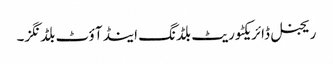
ریجنل ڈائریکٹوریٹ بلڈنگ اینڈ آؤٹ بلڈنگز۔